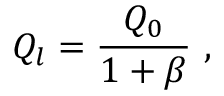
Q _ { l } = \frac { Q _ { 0 } } { 1 + \beta } ~ ,